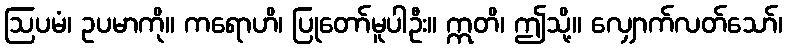
ဩပမံ၊ ဥပမာကို။ ကရောဟိ၊ ပြုတော်မူပါဦး။ ဣတိ၊ ဤသို့။ လျှောက်လတ်သော်၊